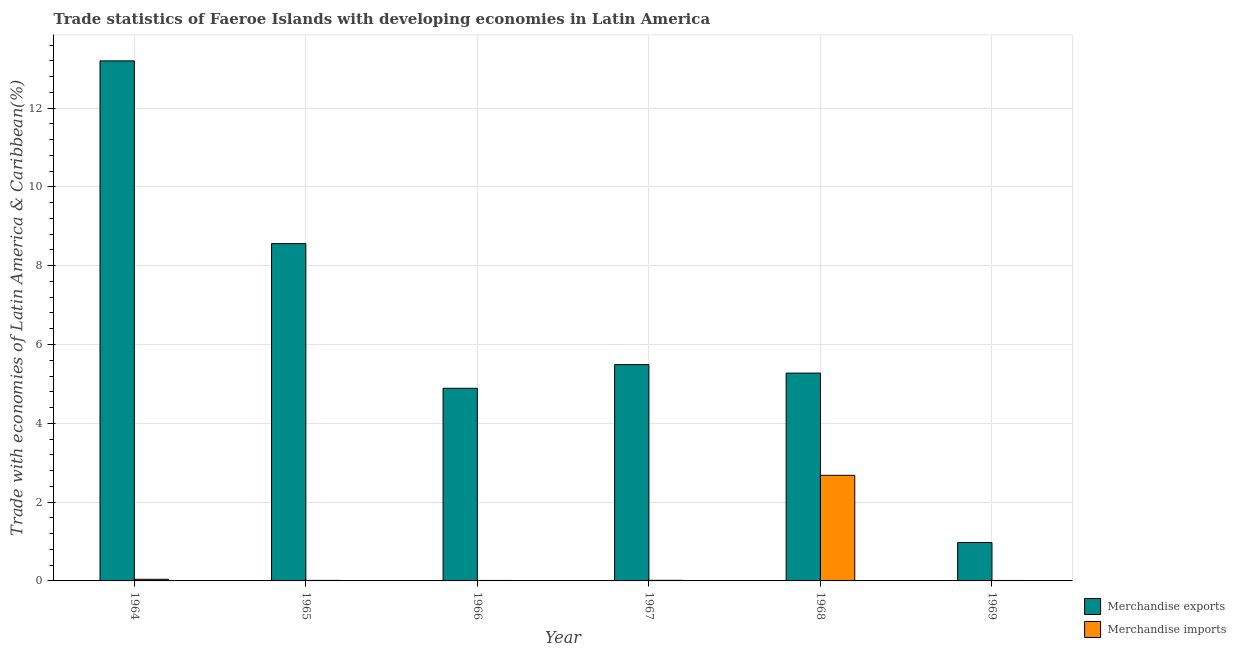
| Year | Merchandise exports | Merchandise imports |
 | --- | --- | --- |
 | 1964 | 13.2 | 0.0413 |
 | 1965 | 8.56 | 0.0138 |
 | 1966 | 4.89 | 0.0121 |
 | 1967 | 5.49 | 0.0154 |
 | 1968 | 5.27 | 2.68 |
 | 1969 | 0.976 | 0.0115 |